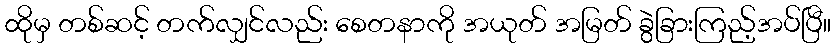
ထိုမှ တစ်ဆင့် တက်လျှင်လည်း စေတနာကို အယုတ် အမြတ် ခွဲခြားကြည့်အပ်ပြီ။